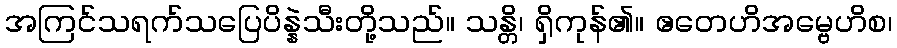
အကြင်သရက်သပြေပိန္နဲသီးတို့သည်။ သန္တိ၊ ရှိကုန်၏။ ဧတေဟိအမ္ဗေဟိစ၊